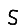
Digit: 5